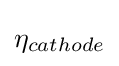
{\eta }_{cathode}